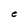
Character: e